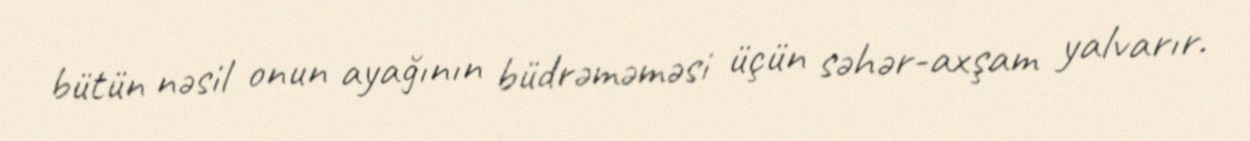
bütün nəsil onun ayağının büdrəməməsi üçün səhər-axşam yalvarır.